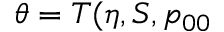
\theta = T ( \eta , S , p _ { 0 0 }